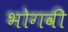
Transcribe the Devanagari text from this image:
भोगवी